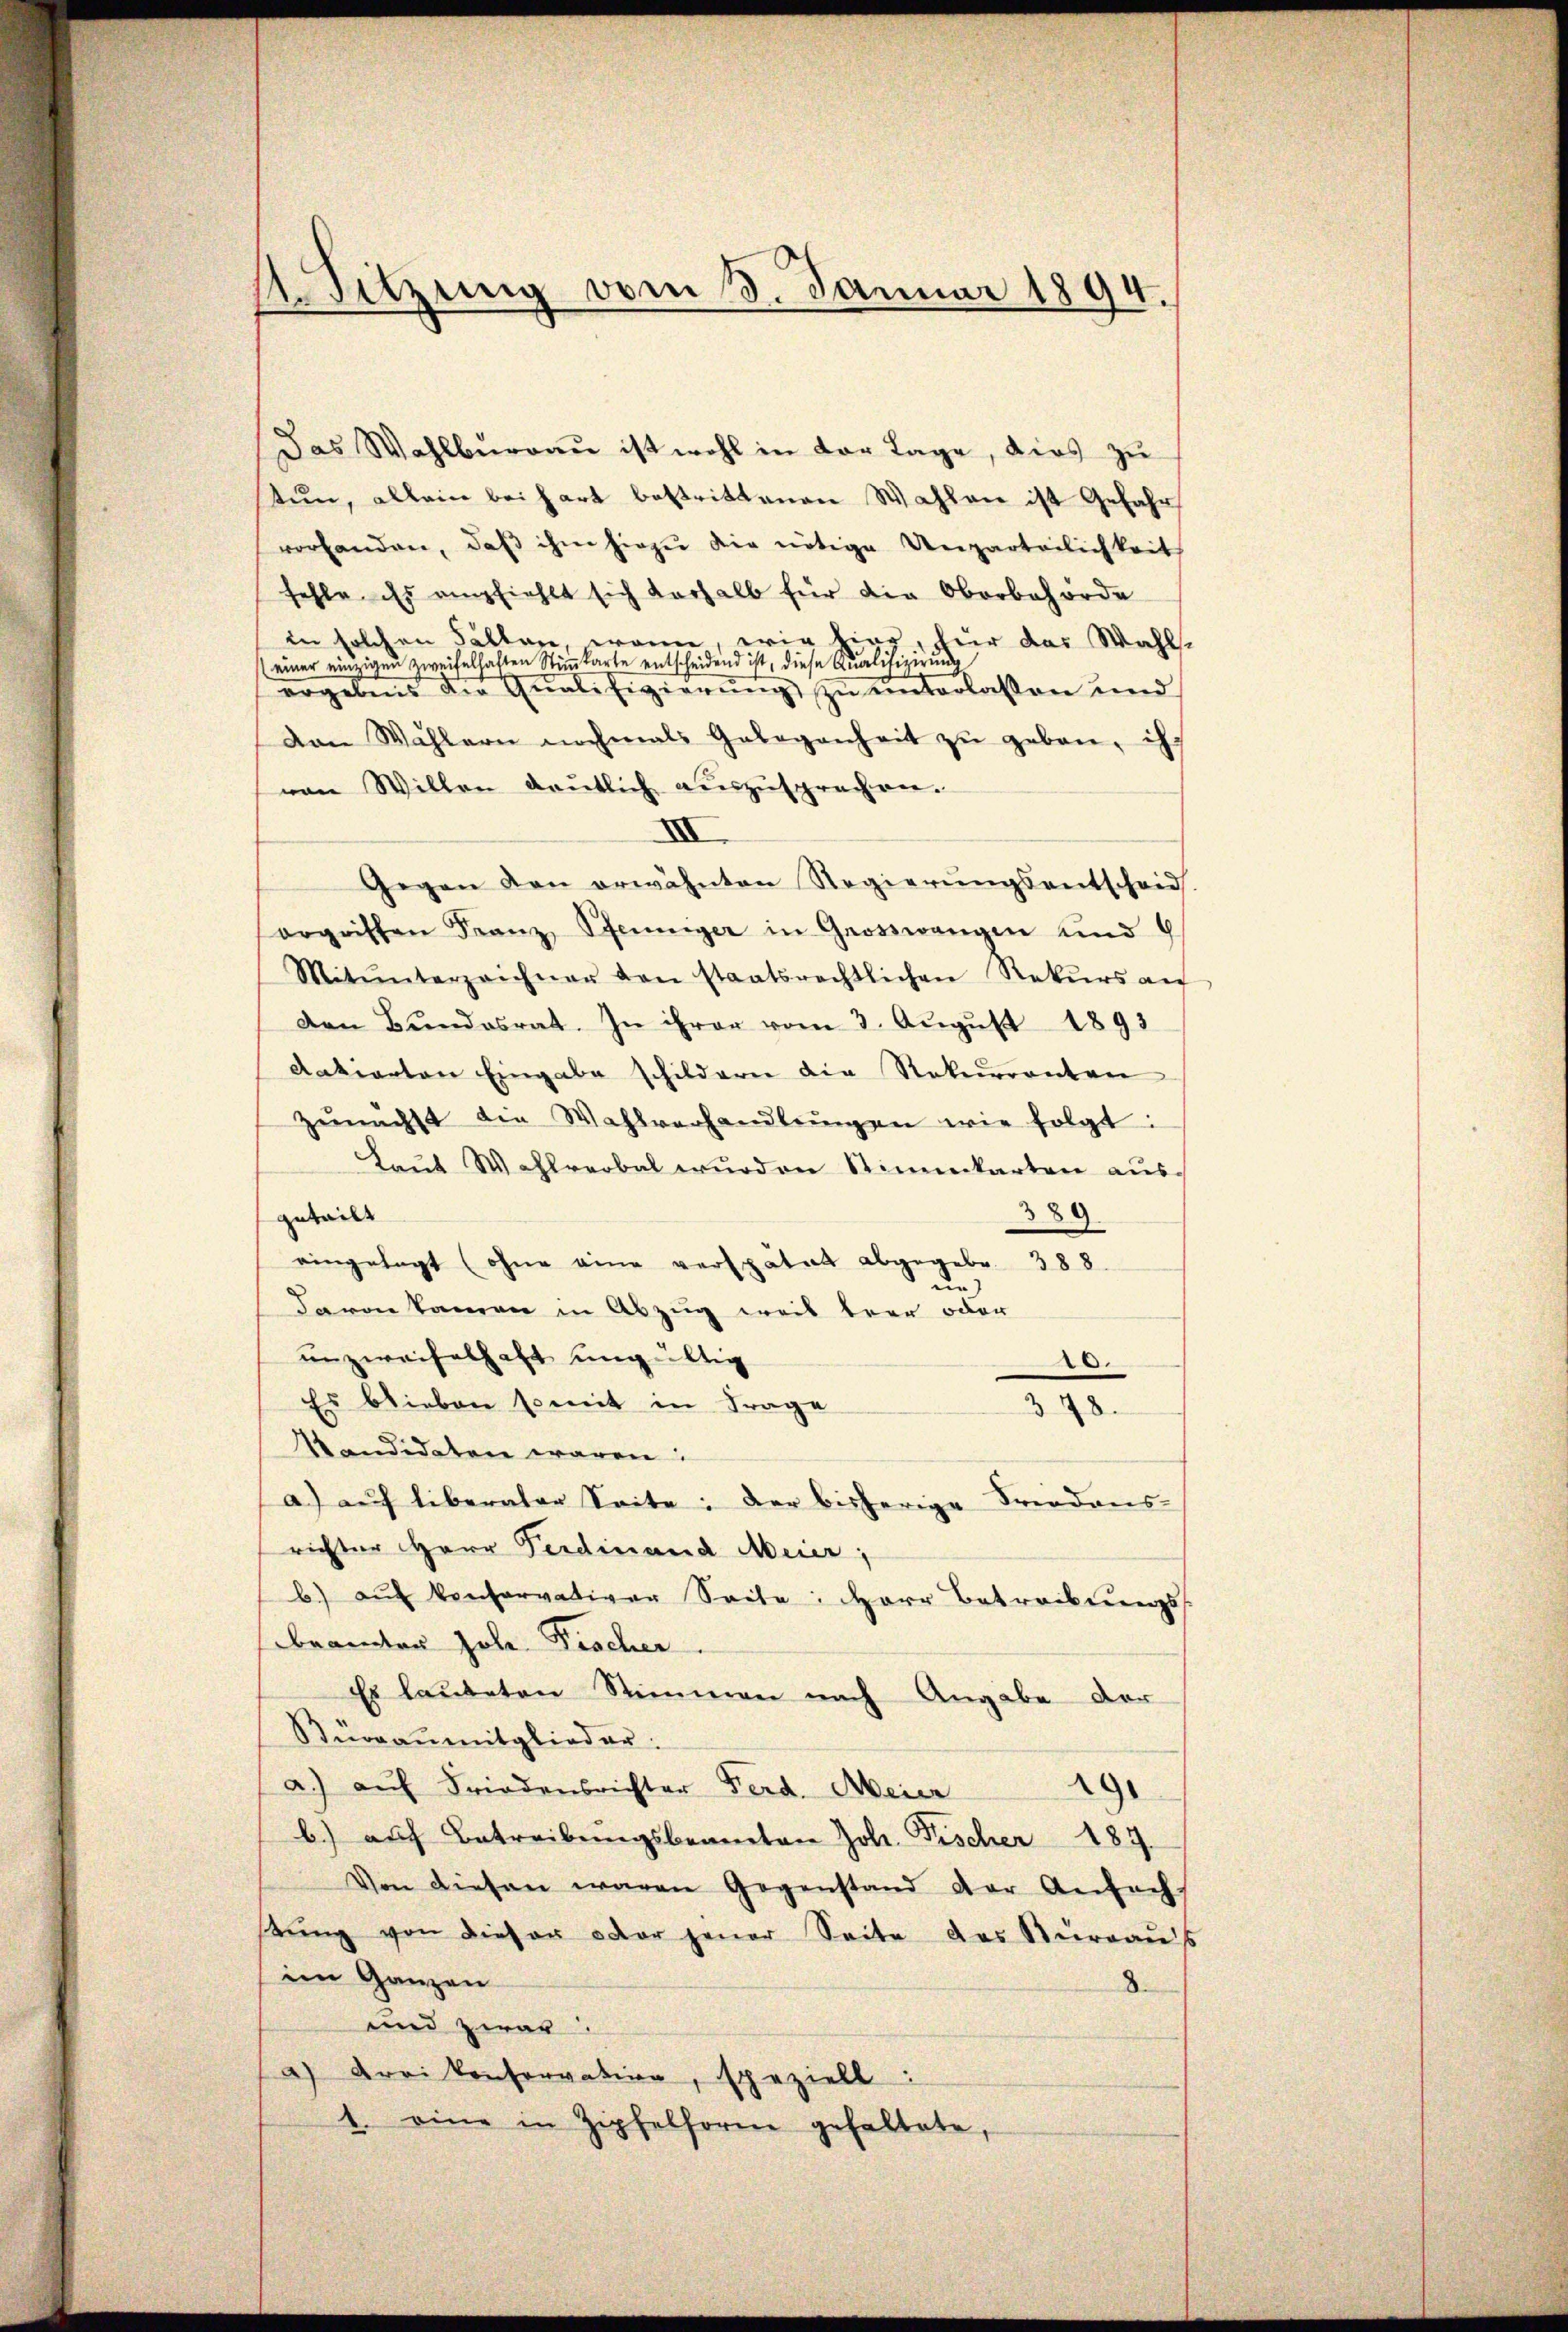
1. Sitzung vom 3. Januar 1894.

Das Wahlbŭrgaŭ ist wohl in der Lage, dies zŭ
tun, allein bei hart bestrittenen Wahlen ist Gefahr
vorhanden, daβ ihm hiezŭ die nötige Unparteilichkeit
fehle. Es empfiehlt sich verhalb für die Oberbehörde
in solchen Fällen, wenn, wie hier, für das Wahl¬
(einer einzigen zweifelhaften Stiṁkarte entscheidend ist, diese Qualifizerŭng
ergebnis der Qualifizierŭng zŭ ŭnterlassen und
von Wählern nochmals Gelegenheit zŭ geben, ih
von Willen deutlich auszusprechen.
XII
Gegen den erwähnten Regierŭngsentscheid.
orgischen Franz Pfenniger in Grosswangen und 6
Mitŭnterzeichner von staatsrechtlichen Rekŭrs aŭf
Den Bŭndesrat. In ihrer vom 3. Aŭgŭst 1891
datierten Eingabe schildern die Rekurrenten
zŭnächst die Wahlverhandlŭngen wie folgt:
Laŭt Wahlverbal wurden Stimmkarten ausgeteilt
389
eingesagt (ohne eine verspätet abgegebe. 388
un
davon kamen in Abzug weil brer oder
unzweifelhaft ungültig
.
Es blieben somit in Frage
378.
kandidaten waren:
a) auf liberaler Seite: Der bisherige Friedens-
richter Herr Ferdinand Meier,
b) auf konservativer Seite: Herr Betreibungs
beamter Joh. Fischer
Es lauteten Stimmen nach Angabe der
Bürraŭmitglieder:
a.) auf Friedensrichter Ferd. Meier 191
b.) auf Betreibŭngsbeamten Joh. Fischer 187.
Von diesen waren Gegenstand der Anfechs
tŭng von dieser oder jener Seite das Büreaŭs
im Ganzen
8.
und zwar
a) Frei Konservation, speziell:
1. eine in Zipfelform gehaltete,